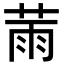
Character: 𦲸